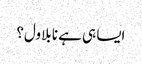
ایسا ہی ہے نا بلاول؟